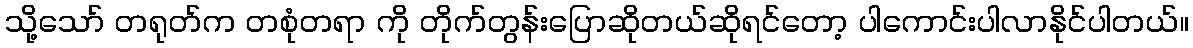
သို့သော် တရုတ်က တစုံတရာ ကို တိုက်တွန်းပြောဆိုတယ်ဆိုရင်တော့ ပါကောင်းပါလာနိုင်ပါတယ်။